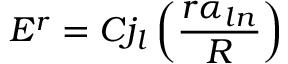
E ^ { r } = C j _ { l } \left( \frac { r \alpha _ { l n } } { R } \right)